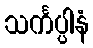
သင်္ကပ္ပါနံ